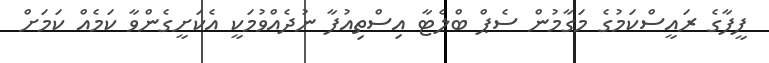
ފީފާގެ ރައީސްކަމުގެ މަގާމުން ސެޕް ބްލެޓާ އިސްތިއުފާ ނުދެއްވުމަކީ އެކަށީގެންވާ ކަމެއް ކަމަށް